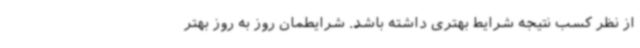
از نظر کسب نتیجه شرایط بهتری داشته باشد. شرایطمان روز به روز بهتر